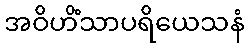
အဝိဟိံသာပရိယေသနံ